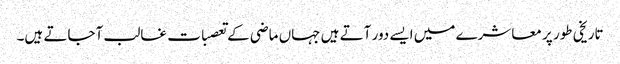
تاریخی طور پر معاشرے میں ایسے دور آتے ہیں جہاں ماضی کے تعصبات غالب آجاتے ہیں۔